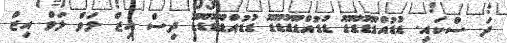
ދަ ސްކައި. ޑުޑުއްޑޫޑުޑޫޑޫ ޑުޑުއްޑޫޑުޑޫޑޫ ޑުޑުއްޑޫޑުޑޫޑޫ ދިސް އިޒް ލަވް ލަވް އިޒް